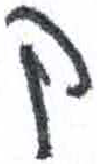
אות: ק